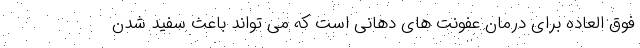
فوق العاده برای درمان عفونت های دهانی است که می تواند باعث سفید شدن